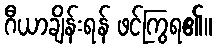
ဂီယာချိန်းရန် ဖင်ကြွရ၏။